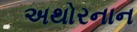
અથોરનાન